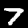
Digit: 7